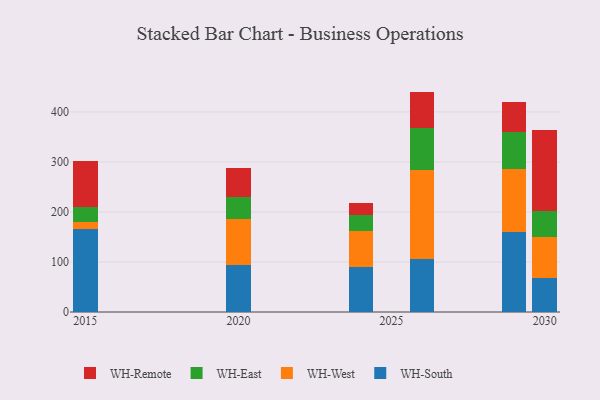
{"axis": {"x": "Year", "y": "Shipments"}, "legend": ["WH-East", "WH-Remote", "WH-South", "WH-West"], "data": [{"x": "2024", "y": 89.9, "type": "WH-South"}, {"x": "2024", "y": 71.2, "type": "WH-West"}, {"x": "2024", "y": 32.2, "type": "WH-East"}, {"x": "2024", "y": 25.5, "type": "WH-Remote"}, {"x": "2015", "y": 165.3, "type": "WH-South"}, {"x": "2015", "y": 15.0, "type": "WH-West"}, {"x": "2015", "y": 29.7, "type": "WH-East"}, {"x": "2015", "y": 91.4, "type": "WH-Remote"}, {"x": "2020", "y": 94.7, "type": "WH-South"}, {"x": "2020", "y": 90.4, "type": "WH-West"}, {"x": "2020", "y": 45.6, "type": "WH-East"}, {"x": "2020", "y": 57.6, "type": "WH-Remote"}, {"x": "2030", "y": 67.4, "type": "WH-South"}, {"x": "2030", "y": 83.2, "type": "WH-West"}, {"x": "2030", "y": 51.5, "type": "WH-East"}, {"x": "2030", "y": 162.1, "type": "WH-Remote"}, {"x": "2029", "y": 160.6, "type": "WH-South"}, {"x": "2029", "y": 125.8, "type": "WH-West"}, {"x": "2029", "y": 73.6, "type": "WH-East"}, {"x": "2029", "y": 59.3, "type": "WH-Remote"}, {"x": "2026", "y": 105.2, "type": "WH-South"}, {"x": "2026", "y": 177.7, "type": "WH-West"}, {"x": "2026", "y": 84.8, "type": "WH-East"}, {"x": "2026", "y": 72.9, "type": "WH-Remote"}]}